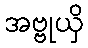
အဗ္ဗုယှိ